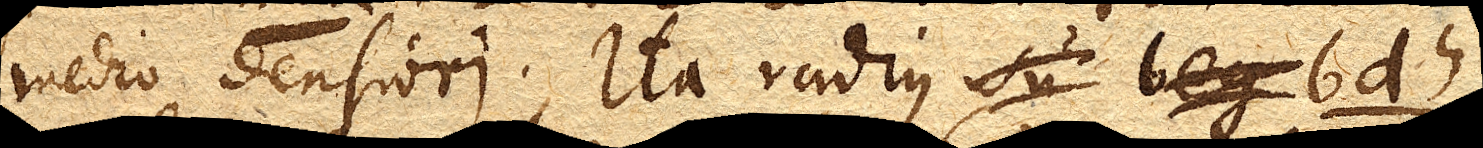
medio densiori. Ita radius su beg bdh.